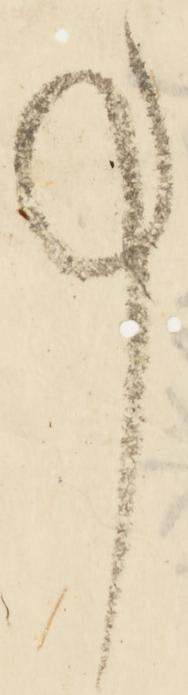
事